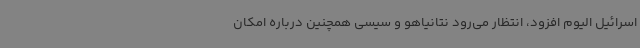
اسرائیل الیوم افزود، انتظار می‌رود نتانیاهو و سیسی همچنین درباره امکان